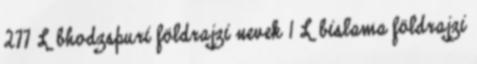
277 L bhodzspuri földrajzi nevek‎ 1 L bislama földrajzi